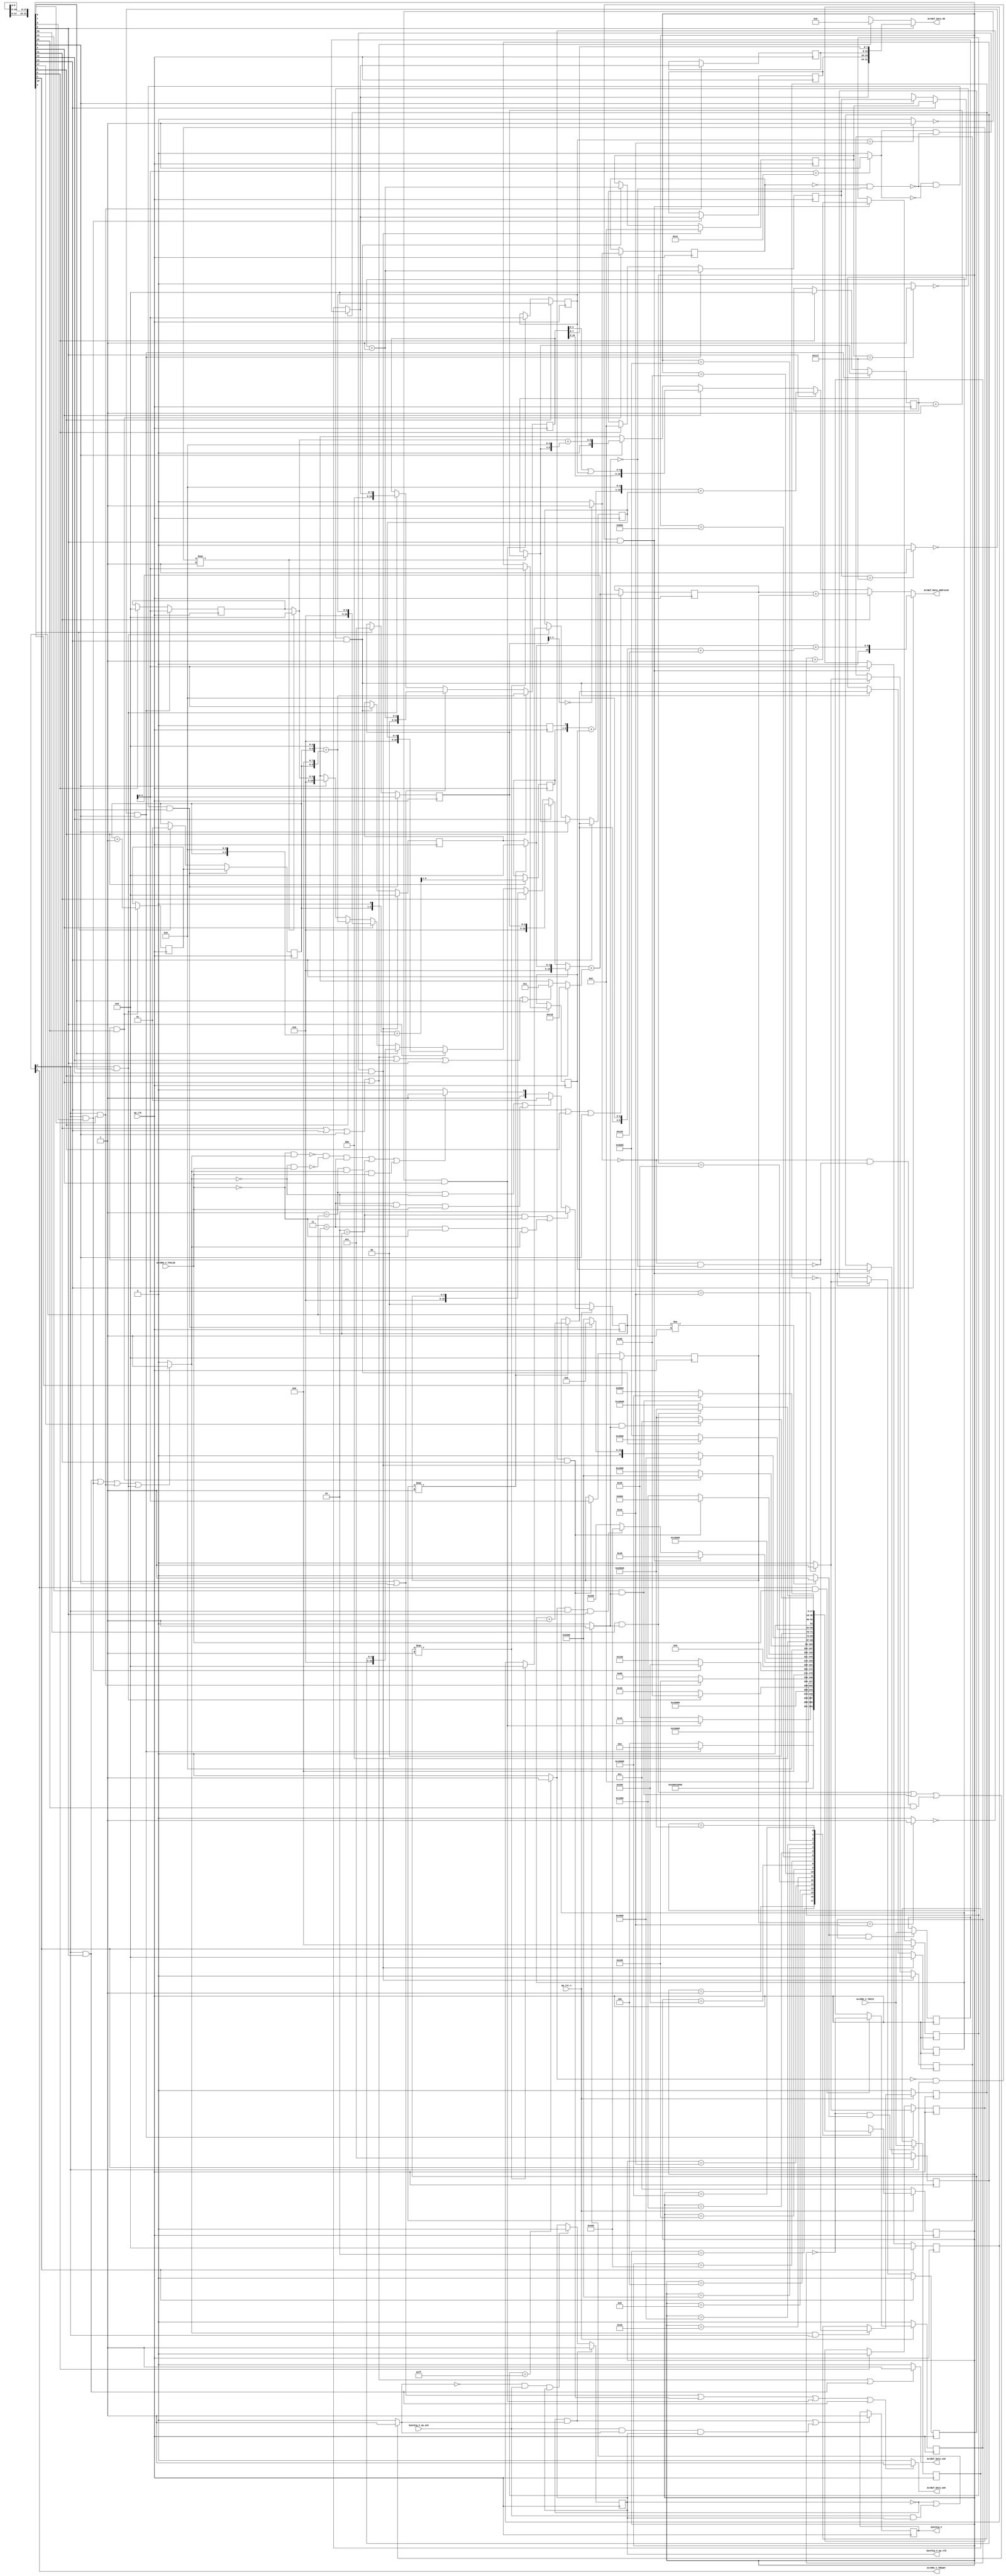
// ==============================================================
// RTL generated by Vivado(TM) HLS - High-Level Synthesis from C, C++ and SystemC
// Version: 2018.3
// Copyright (C) 1986-2018 Xilinx, Inc. All Rights Reserved.
// 
// ===========================================================

`timescale 1 ns / 1 ps 

(* CORE_GENERATION_INFO="Layer5_WriteAct,hls_ip_2018_3,{HLS_INPUT_TYPE=cxx,HLS_INPUT_FLOAT=0,HLS_INPUT_FIXED=0,HLS_INPUT_PART=xczu15eg-ffvb1156-2-i,HLS_INPUT_CLOCK=10.000000,HLS_INPUT_ARCH=others,HLS_SYN_CLOCK=3.400000,HLS_SYN_LAT=17588,HLS_SYN_TPT=none,HLS_SYN_MEM=0,HLS_SYN_DSP=0,HLS_SYN_FF=173,HLS_SYN_LUT=806,HLS_VERSION=2018_3}" *)

module Layer5_WriteAct (
        ap_clk,
        ap_rst_n,
        ActDMA_V_TDATA,
        ActDMA_V_TVALID,
        ActDMA_V_TREADY,
        SyncSig_V,
        SyncSig_V_ap_vld,
        SyncSig_V_ap_ack,
        ActBuf_Data_address0,
        ActBuf_Data_ce0,
        ActBuf_Data_we0,
        ActBuf_Data_d0
);

parameter    ap_ST_fsm_state1 = 18'd1;
parameter    ap_ST_fsm_state2 = 18'd2;
parameter    ap_ST_fsm_state3 = 18'd4;
parameter    ap_ST_fsm_state4 = 18'd8;
parameter    ap_ST_fsm_state5 = 18'd16;
parameter    ap_ST_fsm_state6 = 18'd32;
parameter    ap_ST_fsm_state7 = 18'd64;
parameter    ap_ST_fsm_state8 = 18'd128;
parameter    ap_ST_fsm_state9 = 18'd256;
parameter    ap_ST_fsm_state10 = 18'd512;
parameter    ap_ST_fsm_state11 = 18'd1024;
parameter    ap_ST_fsm_state12 = 18'd2048;
parameter    ap_ST_fsm_state13 = 18'd4096;
parameter    ap_ST_fsm_state14 = 18'd8192;
parameter    ap_ST_fsm_state15 = 18'd16384;
parameter    ap_ST_fsm_state16 = 18'd32768;
parameter    ap_ST_fsm_state17 = 18'd65536;
parameter    ap_ST_fsm_state18 = 18'd131072;

input   ap_clk;
input   ap_rst_n;
input  [7:0] ActDMA_V_TDATA;
input   ActDMA_V_TVALID;
output   ActDMA_V_TREADY;
output   SyncSig_V;
output   SyncSig_V_ap_vld;
input   SyncSig_V_ap_ack;
output  [10:0] ActBuf_Data_address0;
output   ActBuf_Data_ce0;
output   ActBuf_Data_we0;
output  [31:0] ActBuf_Data_d0;

reg[10:0] ActBuf_Data_address0;
reg ActBuf_Data_ce0;
reg ActBuf_Data_we0;
reg[31:0] ActBuf_Data_d0;

 reg    ap_rst_n_inv;
reg   [7:0] ActDMA_V_0_data_out;
wire    ActDMA_V_0_vld_in;
wire    ActDMA_V_0_vld_out;
wire    ActDMA_V_0_ack_in;
reg    ActDMA_V_0_ack_out;
reg   [7:0] ActDMA_V_0_payload_A;
reg   [7:0] ActDMA_V_0_payload_B;
reg    ActDMA_V_0_sel_rd;
reg    ActDMA_V_0_sel_wr;
wire    ActDMA_V_0_sel;
wire    ActDMA_V_0_load_A;
wire    ActDMA_V_0_load_B;
reg   [1:0] ActDMA_V_0_state;
wire    ActDMA_V_0_state_cmp_full;
reg    SyncSig_V_1_data_reg;
reg    SyncSig_V_1_vld_reg;
reg    SyncSig_V_1_vld_in;
reg    SyncSig_V_1_ack_in;
wire    SyncSig_V_1_ack_out;
reg    ActDMA_V_TDATA_blk_n;
(* fsm_encoding = "none" *) reg   [17:0] ap_CS_fsm;
wire    ap_CS_fsm_state7;
wire    ap_CS_fsm_state8;
wire    ap_CS_fsm_state9;
wire    ap_CS_fsm_state10;
reg    SyncSig_V_blk_n;
wire    ap_CS_fsm_state13;
wire   [0:0] icmp_fu_673_p2;
wire    ap_CS_fsm_state14;
reg   [0:0] icmp_reg_875;
wire    ap_CS_fsm_state16;
wire    ap_CS_fsm_state17;
wire    ap_CS_fsm_state18;
wire   [10:0] grp_fu_360_p2;
wire    ap_CS_fsm_state5;
reg   [10:0] reg_780;
wire    ap_CS_fsm_state2;
wire    ap_CS_fsm_state4;
wire    ap_CS_fsm_state15;
wire   [0:0] grp_fu_764_p2;
wire   [6:0] tmp_s_fu_457_p2;
reg   [6:0] tmp_s_reg_793;
reg   [10:0] reg_798;
wire   [8:0] grp_fu_752_p2;
wire   [10:0] tmp_4_fu_487_p2;
wire   [4:0] t_V_8_mid2_fu_548_p3;
reg   [4:0] reg_817;
wire   [4:0] t_V_1_fu_374_p3;
wire   [4:0] t_V_13_fu_705_p3;
wire   [4:0] t_V_8_fu_556_p3;
reg   [4:0] t_V_8_reg_823;
reg   [7:0] tmp_29_reg_834;
wire   [7:0] indvar_flatten_next7_fu_608_p2;
wire    ap_CS_fsm_state12;
wire   [1:0] t_V_9_fu_657_p2;
reg   [1:0] t_V_9_reg_870;
reg    ap_block_state13_io;
reg    ap_block_state14_io;
wire   [0:0] exitcond1_fu_685_p2;
reg   [7:0] tmp_30_reg_893;
reg   [0:0] exitcond4_reg_182;
wire    ap_CS_fsm_state1;
wire   [0:0] exitcond_flatten_fu_421_p2;
reg   [4:0] t_V_s_reg_193;
reg   [4:0] t_V_reg_204;
reg   [8:0] indvar_flatten_reg_215;
reg   [4:0] t_V_2_reg_226;
wire    ap_CS_fsm_state3;
reg   [1:0] t_V_4_reg_238;
reg   [4:0] t_V_3_reg_250;
wire   [0:0] exitcond3_fu_427_p2;
reg   [0:0] exitcond8_reg_261;
wire   [0:0] exitcond_flatten8_fu_625_p2;
wire    ap_CS_fsm_state6;
reg   [4:0] t_V_5_reg_272;
reg   [4:0] t_V_7_reg_283;
reg   [7:0] indvar_flatten1_reg_294;
reg   [4:0] t_V_6_reg_305;
wire   [0:0] exitcond5_fu_631_p2;
wire    ap_CS_fsm_state11;
reg   [0:0] exitcond7_reg_316;
wire   [0:0] exitcond_flatten1_fu_758_p2;
reg   [4:0] t_V_11_reg_327;
reg   [4:0] t_V_12_reg_338;
reg   [8:0] indvar_flatten2_reg_349;
wire   [63:0] tmp_6_cast_fu_404_p1;
wire   [63:0] tmp_15_fu_537_p1;
wire   [63:0] tmp_40_cast_fu_593_p1;
wire   [63:0] tmp_41_cast_fu_652_p1;
wire   [63:0] tmp_32_cast_fu_741_p1;
wire   [31:0] tmp_19_fu_598_p5;
reg   [10:0] grp_fu_360_p0;
wire   [4:0] t_V_1_mid2_fu_366_p3;
wire   [4:0] t_V_5_mid2_fu_697_p3;
reg   [10:0] grp_fu_360_p1;
wire   [4:0] c_V_fu_505_p2;
wire   [8:0] tmp_fu_386_p3;
wire   [9:0] tmp_3_cast_fu_382_p1;
wire   [9:0] tmp_4_cast_fu_394_p1;
wire   [9:0] tmp_6_fu_398_p2;
wire   [9:0] tmp_30_cast_fu_725_p1;
wire   [5:0] tmp_7_fu_433_p3;
wire   [2:0] tmp_9_fu_445_p3;
wire   [6:0] p_shl3_cast_fu_453_p1;
wire   [6:0] p_shl2_cast_fu_441_p1;
wire   [9:0] tmp_2_fu_463_p3;
wire   [6:0] tmp_3_fu_475_p3;
wire   [10:0] p_shl1_cast_fu_483_p1;
wire   [10:0] p_shl_cast_fu_471_p1;
wire   [4:0] tmp_11_fu_511_p1;
wire   [5:0] tmp_13_fu_520_p4;
wire   [4:0] tmp_12_fu_514_p2;
wire   [10:0] tmp_14_fu_529_p3;
wire   [4:0] t_V_8_fu_556_p1;
wire   [6:0] tmp_17_fu_613_p2;
wire   [10:0] tmp_23_fu_575_p3;
wire   [11:0] tmp_39_cast_fu_583_p1;
wire   [11:0] tmp_16_cast_fu_564_p1;
wire   [11:0] tmp_18_fu_587_p2;
wire   [7:0] tmp_19_fu_598_p4;
wire   [6:0] tmp_17_cast_fu_567_p1;
wire   [10:0] tmp_11_cast_fu_643_p1;
wire   [10:0] tmp_22_fu_637_p2;
wire   [3:0] tmp_24_fu_663_p4;
wire   [4:0] exitcond1_fu_685_p0;
wire   [4:0] c_V_1_fu_691_p2;
wire   [8:0] tmp_25_fu_717_p3;
wire   [9:0] tmp_cast_fu_713_p1;
wire   [9:0] tmp_26_fu_409_p2;
wire   [9:0] tmp_27_fu_735_p2;
reg   [8:0] grp_fu_752_p0;
wire   [4:0] grp_fu_764_p0;
reg   [17:0] ap_NS_fsm;

// power-on initialization
initial begin
#0 ActDMA_V_0_sel_rd = 1'b0;
#0 ActDMA_V_0_sel_wr = 1'b0;
#0 ActDMA_V_0_state = 2'd0;
#0 SyncSig_V_1_data_reg = 1'b0;
#0 SyncSig_V_1_vld_reg = 1'b0;
#0 ap_CS_fsm = 18'd1;
end

always @ (posedge ap_clk) begin
    if (ap_rst_n_inv == 1'b1) begin
        ActDMA_V_0_sel_rd <= 1'b0;
    end else begin
        if (((1'b1 == ActDMA_V_0_ack_out) & (1'b1 == ActDMA_V_0_vld_out))) begin
            ActDMA_V_0_sel_rd <= ~ActDMA_V_0_sel_rd;
        end
    end
end

always @ (posedge ap_clk) begin
    if (ap_rst_n_inv == 1'b1) begin
        ActDMA_V_0_sel_wr <= 1'b0;
    end else begin
        if (((1'b1 == ActDMA_V_0_ack_in) & (1'b1 == ActDMA_V_0_vld_in))) begin
            ActDMA_V_0_sel_wr <= ~ActDMA_V_0_sel_wr;
        end
    end
end

always @ (posedge ap_clk) begin
    if (ap_rst_n_inv == 1'b1) begin
        ActDMA_V_0_state <= 2'd0;
    end else begin
        if ((((2'd2 == ActDMA_V_0_state) & (1'b0 == ActDMA_V_0_vld_in)) | ((2'd3 == ActDMA_V_0_state) & (1'b0 == ActDMA_V_0_vld_in) & (1'b1 == ActDMA_V_0_ack_out)))) begin
            ActDMA_V_0_state <= 2'd2;
        end else if ((((2'd1 == ActDMA_V_0_state) & (1'b0 == ActDMA_V_0_ack_out)) | ((2'd3 == ActDMA_V_0_state) & (1'b0 == ActDMA_V_0_ack_out) & (1'b1 == ActDMA_V_0_vld_in)))) begin
            ActDMA_V_0_state <= 2'd1;
        end else if (((~((1'b0 == ActDMA_V_0_vld_in) & (1'b1 == ActDMA_V_0_ack_out)) & ~((1'b0 == ActDMA_V_0_ack_out) & (1'b1 == ActDMA_V_0_vld_in)) & (2'd3 == ActDMA_V_0_state)) | ((2'd1 == ActDMA_V_0_state) & (1'b1 == ActDMA_V_0_ack_out)) | ((2'd2 == ActDMA_V_0_state) & (1'b1 == ActDMA_V_0_vld_in)))) begin
            ActDMA_V_0_state <= 2'd3;
        end else begin
            ActDMA_V_0_state <= 2'd2;
        end
    end
end

always @ (posedge ap_clk) begin
    if (ap_rst_n_inv == 1'b1) begin
        ap_CS_fsm <= ap_ST_fsm_state1;
    end else begin
        ap_CS_fsm <= ap_NS_fsm;
    end
end

always @ (posedge ap_clk) begin
    if (((1'b0 == SyncSig_V_1_vld_reg) & (1'b1 == SyncSig_V_1_vld_in))) begin
        SyncSig_V_1_vld_reg <= 1'b1;
    end else if (((1'b0 == SyncSig_V_1_vld_in) & (1'b1 == SyncSig_V_1_ack_out) & (1'b1 == SyncSig_V_1_vld_reg))) begin
        SyncSig_V_1_vld_reg <= 1'b0;
    end
end

always @ (posedge ap_clk) begin
    if (((exitcond_flatten_fu_421_p2 == 1'd0) & (1'b1 == ap_CS_fsm_state2))) begin
        exitcond4_reg_182 <= grp_fu_764_p2;
    end else if ((1'b1 == ap_CS_fsm_state1)) begin
        exitcond4_reg_182 <= 1'd0;
    end
end

always @ (posedge ap_clk) begin
    if (((exitcond1_fu_685_p2 == 1'd1) & (1'b0 == ap_block_state14_io) & (1'b1 == ap_CS_fsm_state14))) begin
        exitcond7_reg_316 <= 1'd0;
    end else if (((exitcond_flatten1_fu_758_p2 == 1'd0) & (1'b1 == ap_CS_fsm_state15))) begin
        exitcond7_reg_316 <= grp_fu_764_p2;
    end
end

always @ (posedge ap_clk) begin
    if ((1'b1 == ap_CS_fsm_state6)) begin
        exitcond8_reg_261 <= 1'd0;
    end else if (((exitcond_flatten8_fu_625_p2 == 1'd0) & (1'b1 == ActDMA_V_0_vld_out) & (1'b1 == ap_CS_fsm_state10))) begin
        exitcond8_reg_261 <= grp_fu_764_p2;
    end
end

always @ (posedge ap_clk) begin
    if ((1'b1 == ap_CS_fsm_state6)) begin
        indvar_flatten1_reg_294 <= 8'd0;
    end else if (((exitcond_flatten8_fu_625_p2 == 1'd0) & (1'b1 == ActDMA_V_0_vld_out) & (1'b1 == ap_CS_fsm_state10))) begin
        indvar_flatten1_reg_294 <= indvar_flatten_next7_fu_608_p2;
    end
end

always @ (posedge ap_clk) begin
    if (((exitcond1_fu_685_p2 == 1'd1) & (1'b0 == ap_block_state14_io) & (1'b1 == ap_CS_fsm_state14))) begin
        indvar_flatten2_reg_349 <= 9'd0;
    end else if (((exitcond_flatten1_fu_758_p2 == 1'd0) & (1'b1 == ap_CS_fsm_state15))) begin
        indvar_flatten2_reg_349 <= grp_fu_752_p2;
    end
end

always @ (posedge ap_clk) begin
    if (((exitcond_flatten_fu_421_p2 == 1'd0) & (1'b1 == ap_CS_fsm_state2))) begin
        indvar_flatten_reg_215 <= grp_fu_752_p2;
    end else if ((1'b1 == ap_CS_fsm_state1)) begin
        indvar_flatten_reg_215 <= 9'd0;
    end
end

always @ (posedge ap_clk) begin
    if ((1'b1 == ap_CS_fsm_state4)) begin
        reg_798 <= tmp_4_fu_487_p2;
    end else if (((1'b1 == ap_CS_fsm_state15) | (1'b1 == ap_CS_fsm_state2))) begin
        reg_798 <= grp_fu_752_p2;
    end else if (((1'b1 == ActDMA_V_0_vld_out) & (1'b1 == ap_CS_fsm_state7))) begin
        reg_798 <= ActDMA_V_0_data_out;
    end
end

always @ (posedge ap_clk) begin
    if ((1'b1 == ap_CS_fsm_state15)) begin
        reg_817 <= t_V_13_fu_705_p3;
    end else if ((1'b1 == ap_CS_fsm_state2)) begin
        reg_817 <= t_V_1_fu_374_p3;
    end else if (((1'b1 == ActDMA_V_0_vld_out) & (1'b1 == ap_CS_fsm_state7))) begin
        reg_817 <= t_V_8_mid2_fu_548_p3;
    end
end

always @ (posedge ap_clk) begin
    if (((exitcond1_fu_685_p2 == 1'd1) & (1'b0 == ap_block_state14_io) & (1'b1 == ap_CS_fsm_state14))) begin
        t_V_11_reg_327 <= 5'd0;
    end else if (((exitcond_flatten1_fu_758_p2 == 1'd0) & (1'b1 == ap_CS_fsm_state15))) begin
        t_V_11_reg_327 <= grp_fu_360_p2;
    end
end

always @ (posedge ap_clk) begin
    if (((exitcond1_fu_685_p2 == 1'd1) & (1'b0 == ap_block_state14_io) & (1'b1 == ap_CS_fsm_state14))) begin
        t_V_12_reg_338 <= 5'd0;
    end else if (((exitcond_flatten1_fu_758_p2 == 1'd0) & (1'b1 == ap_CS_fsm_state15))) begin
        t_V_12_reg_338 <= t_V_13_fu_705_p3;
    end
end

always @ (posedge ap_clk) begin
    if (((exitcond1_fu_685_p2 == 1'd0) & (1'b0 == ap_block_state14_io) & (1'b1 == ap_CS_fsm_state14))) begin
        t_V_2_reg_226 <= grp_fu_360_p2;
    end else if ((1'b1 == ap_CS_fsm_state3)) begin
        t_V_2_reg_226 <= 5'd1;
    end
end

always @ (posedge ap_clk) begin
    if ((1'b1 == ap_CS_fsm_state4)) begin
        t_V_3_reg_250 <= 5'd0;
    end else if (((exitcond3_fu_427_p2 == 1'd0) & (1'b1 == ap_CS_fsm_state5))) begin
        t_V_3_reg_250 <= grp_fu_360_p2;
    end
end

always @ (posedge ap_clk) begin
    if (((exitcond1_fu_685_p2 == 1'd0) & (1'b0 == ap_block_state14_io) & (1'b1 == ap_CS_fsm_state14))) begin
        t_V_4_reg_238 <= t_V_9_reg_870;
    end else if ((1'b1 == ap_CS_fsm_state3)) begin
        t_V_4_reg_238 <= 2'd1;
    end
end

always @ (posedge ap_clk) begin
    if ((1'b1 == ap_CS_fsm_state6)) begin
        t_V_5_reg_272 <= 5'd0;
    end else if (((exitcond_flatten8_fu_625_p2 == 1'd0) & (1'b1 == ActDMA_V_0_vld_out) & (1'b1 == ap_CS_fsm_state10))) begin
        t_V_5_reg_272 <= grp_fu_360_p2;
    end
end

always @ (posedge ap_clk) begin
    if ((1'b1 == ap_CS_fsm_state11)) begin
        t_V_6_reg_305 <= 5'd0;
    end else if (((exitcond5_fu_631_p2 == 1'd0) & (1'b1 == ap_CS_fsm_state12))) begin
        t_V_6_reg_305 <= grp_fu_360_p2;
    end
end

always @ (posedge ap_clk) begin
    if ((1'b1 == ap_CS_fsm_state6)) begin
        t_V_7_reg_283 <= 5'd1;
    end else if (((exitcond_flatten8_fu_625_p2 == 1'd0) & (1'b1 == ActDMA_V_0_vld_out) & (1'b1 == ap_CS_fsm_state10))) begin
        t_V_7_reg_283 <= t_V_8_reg_823;
    end
end

always @ (posedge ap_clk) begin
    if (((exitcond_flatten_fu_421_p2 == 1'd0) & (1'b1 == ap_CS_fsm_state2))) begin
        t_V_reg_204 <= t_V_1_fu_374_p3;
    end else if ((1'b1 == ap_CS_fsm_state1)) begin
        t_V_reg_204 <= 5'd0;
    end
end

always @ (posedge ap_clk) begin
    if (((exitcond_flatten_fu_421_p2 == 1'd0) & (1'b1 == ap_CS_fsm_state2))) begin
        t_V_s_reg_193 <= grp_fu_360_p2;
    end else if ((1'b1 == ap_CS_fsm_state1)) begin
        t_V_s_reg_193 <= 5'd0;
    end
end

always @ (posedge ap_clk) begin
    if ((1'b1 == ActDMA_V_0_load_A)) begin
        ActDMA_V_0_payload_A <= ActDMA_V_TDATA;
    end
end

always @ (posedge ap_clk) begin
    if ((1'b1 == ActDMA_V_0_load_B)) begin
        ActDMA_V_0_payload_B <= ActDMA_V_TDATA;
    end
end

always @ (posedge ap_clk) begin
    if ((((1'b0 == SyncSig_V_1_vld_reg) & (1'b1 == SyncSig_V_1_vld_in)) | ((1'b1 == SyncSig_V_1_ack_out) & (1'b1 == SyncSig_V_1_vld_in) & (1'b1 == SyncSig_V_1_vld_reg)))) begin
        SyncSig_V_1_data_reg <= 1'd1;
    end
end

always @ (posedge ap_clk) begin
    if (((1'b0 == ap_block_state13_io) & (1'b1 == ap_CS_fsm_state13))) begin
        icmp_reg_875 <= icmp_fu_673_p2;
        t_V_9_reg_870 <= t_V_9_fu_657_p2;
    end
end

always @ (posedge ap_clk) begin
    if (((1'b1 == ap_CS_fsm_state15) | (1'b1 == ap_CS_fsm_state4) | (1'b1 == ap_CS_fsm_state2))) begin
        reg_780 <= grp_fu_360_p2;
    end
end

always @ (posedge ap_clk) begin
    if (((1'b1 == ActDMA_V_0_vld_out) & (1'b1 == ap_CS_fsm_state7))) begin
        t_V_8_reg_823 <= t_V_8_fu_556_p3;
    end
end

always @ (posedge ap_clk) begin
    if (((1'b1 == ActDMA_V_0_vld_out) & (1'b1 == ap_CS_fsm_state8))) begin
        tmp_29_reg_834 <= ActDMA_V_0_data_out;
    end
end

always @ (posedge ap_clk) begin
    if (((1'b1 == ActDMA_V_0_vld_out) & (1'b1 == ap_CS_fsm_state9))) begin
        tmp_30_reg_893 <= ActDMA_V_0_data_out;
    end
end

always @ (posedge ap_clk) begin
    if ((1'b1 == ap_CS_fsm_state4)) begin
        tmp_s_reg_793[6 : 1] <= tmp_s_fu_457_p2[6 : 1];
    end
end

always @ (*) begin
    if ((1'b1 == ap_CS_fsm_state15)) begin
        ActBuf_Data_address0 = tmp_32_cast_fu_741_p1;
    end else if ((1'b1 == ap_CS_fsm_state12)) begin
        ActBuf_Data_address0 = tmp_41_cast_fu_652_p1;
    end else if ((1'b1 == ap_CS_fsm_state10)) begin
        ActBuf_Data_address0 = tmp_40_cast_fu_593_p1;
    end else if ((1'b1 == ap_CS_fsm_state5)) begin
        ActBuf_Data_address0 = tmp_15_fu_537_p1;
    end else if ((1'b1 == ap_CS_fsm_state2)) begin
        ActBuf_Data_address0 = tmp_6_cast_fu_404_p1;
    end else begin
        ActBuf_Data_address0 = 'bx;
    end
end

always @ (*) begin
    if (((1'b1 == ap_CS_fsm_state12) | (1'b1 == ap_CS_fsm_state15) | (1'b1 == ap_CS_fsm_state2) | (1'b1 == ap_CS_fsm_state5) | ((1'b1 == ActDMA_V_0_vld_out) & (1'b1 == ap_CS_fsm_state10)))) begin
        ActBuf_Data_ce0 = 1'b1;
    end else begin
        ActBuf_Data_ce0 = 1'b0;
    end
end

always @ (*) begin
    if ((1'b1 == ap_CS_fsm_state10)) begin
        ActBuf_Data_d0 = tmp_19_fu_598_p5;
    end else if (((1'b1 == ap_CS_fsm_state12) | (1'b1 == ap_CS_fsm_state15) | (1'b1 == ap_CS_fsm_state2) | (1'b1 == ap_CS_fsm_state5))) begin
        ActBuf_Data_d0 = 32'd0;
    end else begin
        ActBuf_Data_d0 = 'bx;
    end
end

always @ (*) begin
    if (((1'b1 == ap_CS_fsm_state15) | (1'b1 == ap_CS_fsm_state2) | ((exitcond5_fu_631_p2 == 1'd0) & (1'b1 == ap_CS_fsm_state12)) | ((exitcond3_fu_427_p2 == 1'd0) & (1'b1 == ap_CS_fsm_state5)) | ((1'b1 == ActDMA_V_0_vld_out) & (1'b1 == ap_CS_fsm_state10)))) begin
        ActBuf_Data_we0 = 1'b1;
    end else begin
        ActBuf_Data_we0 = 1'b0;
    end
end

always @ (*) begin
    if ((((1'b1 == ActDMA_V_0_vld_out) & (1'b1 == ap_CS_fsm_state10)) | ((1'b1 == ActDMA_V_0_vld_out) & (1'b1 == ap_CS_fsm_state9)) | ((1'b1 == ActDMA_V_0_vld_out) & (1'b1 == ap_CS_fsm_state8)) | ((1'b1 == ActDMA_V_0_vld_out) & (1'b1 == ap_CS_fsm_state7)))) begin
        ActDMA_V_0_ack_out = 1'b1;
    end else begin
        ActDMA_V_0_ack_out = 1'b0;
    end
end

always @ (*) begin
    if ((1'b1 == ActDMA_V_0_sel)) begin
        ActDMA_V_0_data_out = ActDMA_V_0_payload_B;
    end else begin
        ActDMA_V_0_data_out = ActDMA_V_0_payload_A;
    end
end

always @ (*) begin
    if (((1'b1 == ap_CS_fsm_state10) | (1'b1 == ap_CS_fsm_state9) | (1'b1 == ap_CS_fsm_state8) | (1'b1 == ap_CS_fsm_state7))) begin
        ActDMA_V_TDATA_blk_n = ActDMA_V_0_state[1'd0];
    end else begin
        ActDMA_V_TDATA_blk_n = 1'b1;
    end
end

always @ (*) begin
    if (((1'b0 == SyncSig_V_1_vld_reg) | ((1'b1 == SyncSig_V_1_ack_out) & (1'b1 == SyncSig_V_1_vld_reg)))) begin
        SyncSig_V_1_ack_in = 1'b1;
    end else begin
        SyncSig_V_1_ack_in = 1'b0;
    end
end

always @ (*) begin
    if ((((1'b1 == ap_CS_fsm_state17) & (1'b1 == SyncSig_V_1_ack_in)) | ((1'b1 == ap_CS_fsm_state16) & (1'b1 == SyncSig_V_1_ack_in)) | ((icmp_fu_673_p2 == 1'd0) & (1'b0 == ap_block_state13_io) & (1'b1 == ap_CS_fsm_state13)))) begin
        SyncSig_V_1_vld_in = 1'b1;
    end else begin
        SyncSig_V_1_vld_in = 1'b0;
    end
end

always @ (*) begin
    if (((1'b1 == ap_CS_fsm_state18) | (1'b1 == ap_CS_fsm_state17) | (1'b1 == ap_CS_fsm_state16) | ((icmp_reg_875 == 1'd0) & (1'b1 == ap_CS_fsm_state14)) | ((icmp_fu_673_p2 == 1'd0) & (1'b1 == ap_CS_fsm_state13)))) begin
        SyncSig_V_blk_n = SyncSig_V_1_ack_in;
    end else begin
        SyncSig_V_blk_n = 1'b1;
    end
end

always @ (*) begin
    if ((1'b1 == ap_CS_fsm_state15)) begin
        grp_fu_360_p0 = t_V_5_mid2_fu_697_p3;
    end else if ((1'b1 == ap_CS_fsm_state14)) begin
        grp_fu_360_p0 = t_V_2_reg_226;
    end else if ((1'b1 == ap_CS_fsm_state12)) begin
        grp_fu_360_p0 = t_V_6_reg_305;
    end else if ((1'b1 == ap_CS_fsm_state10)) begin
        grp_fu_360_p0 = reg_817;
    end else if ((1'b1 == ap_CS_fsm_state7)) begin
        grp_fu_360_p0 = t_V_7_reg_283;
    end else if ((1'b1 == ap_CS_fsm_state5)) begin
        grp_fu_360_p0 = t_V_3_reg_250;
    end else if ((1'b1 == ap_CS_fsm_state4)) begin
        grp_fu_360_p0 = tmp_4_fu_487_p2;
    end else if ((1'b1 == ap_CS_fsm_state2)) begin
        grp_fu_360_p0 = t_V_1_mid2_fu_366_p3;
    end else begin
        grp_fu_360_p0 = 'bx;
    end
end

always @ (*) begin
    if ((1'b1 == ap_CS_fsm_state4)) begin
        grp_fu_360_p1 = 11'd272;
    end else if (((1'b1 == ap_CS_fsm_state12) | (1'b1 == ap_CS_fsm_state15) | (1'b1 == ap_CS_fsm_state2) | (1'b1 == ap_CS_fsm_state5) | (1'b1 == ap_CS_fsm_state14) | (1'b1 == ap_CS_fsm_state10) | (1'b1 == ap_CS_fsm_state7))) begin
        grp_fu_360_p1 = 5'd1;
    end else begin
        grp_fu_360_p1 = 'bx;
    end
end

always @ (*) begin
    if ((1'b1 == ap_CS_fsm_state15)) begin
        grp_fu_752_p0 = indvar_flatten2_reg_349;
    end else if ((1'b1 == ap_CS_fsm_state2)) begin
        grp_fu_752_p0 = indvar_flatten_reg_215;
    end else begin
        grp_fu_752_p0 = 'bx;
    end
end

always @ (*) begin
    case (ap_CS_fsm)
        ap_ST_fsm_state1 : begin
            ap_NS_fsm = ap_ST_fsm_state2;
        end
        ap_ST_fsm_state2 : begin
            if (((exitcond_flatten_fu_421_p2 == 1'd0) & (1'b1 == ap_CS_fsm_state2))) begin
                ap_NS_fsm = ap_ST_fsm_state2;
            end else begin
                ap_NS_fsm = ap_ST_fsm_state3;
            end
        end
        ap_ST_fsm_state3 : begin
            ap_NS_fsm = ap_ST_fsm_state4;
        end
        ap_ST_fsm_state4 : begin
            ap_NS_fsm = ap_ST_fsm_state5;
        end
        ap_ST_fsm_state5 : begin
            if (((exitcond3_fu_427_p2 == 1'd0) & (1'b1 == ap_CS_fsm_state5))) begin
                ap_NS_fsm = ap_ST_fsm_state5;
            end else begin
                ap_NS_fsm = ap_ST_fsm_state6;
            end
        end
        ap_ST_fsm_state6 : begin
            ap_NS_fsm = ap_ST_fsm_state7;
        end
        ap_ST_fsm_state7 : begin
            if (((1'b1 == ActDMA_V_0_vld_out) & (1'b1 == ap_CS_fsm_state7))) begin
                ap_NS_fsm = ap_ST_fsm_state8;
            end else begin
                ap_NS_fsm = ap_ST_fsm_state7;
            end
        end
        ap_ST_fsm_state8 : begin
            if (((1'b1 == ActDMA_V_0_vld_out) & (1'b1 == ap_CS_fsm_state8))) begin
                ap_NS_fsm = ap_ST_fsm_state9;
            end else begin
                ap_NS_fsm = ap_ST_fsm_state8;
            end
        end
        ap_ST_fsm_state9 : begin
            if (((1'b1 == ActDMA_V_0_vld_out) & (1'b1 == ap_CS_fsm_state9))) begin
                ap_NS_fsm = ap_ST_fsm_state10;
            end else begin
                ap_NS_fsm = ap_ST_fsm_state9;
            end
        end
        ap_ST_fsm_state10 : begin
            if (((exitcond_flatten8_fu_625_p2 == 1'd0) & (1'b1 == ActDMA_V_0_vld_out) & (1'b1 == ap_CS_fsm_state10))) begin
                ap_NS_fsm = ap_ST_fsm_state7;
            end else if (((exitcond_flatten8_fu_625_p2 == 1'd1) & (1'b1 == ActDMA_V_0_vld_out) & (1'b1 == ap_CS_fsm_state10))) begin
                ap_NS_fsm = ap_ST_fsm_state11;
            end else begin
                ap_NS_fsm = ap_ST_fsm_state10;
            end
        end
        ap_ST_fsm_state11 : begin
            ap_NS_fsm = ap_ST_fsm_state12;
        end
        ap_ST_fsm_state12 : begin
            if (((exitcond5_fu_631_p2 == 1'd0) & (1'b1 == ap_CS_fsm_state12))) begin
                ap_NS_fsm = ap_ST_fsm_state12;
            end else begin
                ap_NS_fsm = ap_ST_fsm_state13;
            end
        end
        ap_ST_fsm_state13 : begin
            if (((1'b0 == ap_block_state13_io) & (1'b1 == ap_CS_fsm_state13))) begin
                ap_NS_fsm = ap_ST_fsm_state14;
            end else begin
                ap_NS_fsm = ap_ST_fsm_state13;
            end
        end
        ap_ST_fsm_state14 : begin
            if (((exitcond1_fu_685_p2 == 1'd1) & (1'b0 == ap_block_state14_io) & (1'b1 == ap_CS_fsm_state14))) begin
                ap_NS_fsm = ap_ST_fsm_state15;
            end else if (((exitcond1_fu_685_p2 == 1'd0) & (1'b0 == ap_block_state14_io) & (1'b1 == ap_CS_fsm_state14))) begin
                ap_NS_fsm = ap_ST_fsm_state4;
            end else begin
                ap_NS_fsm = ap_ST_fsm_state14;
            end
        end
        ap_ST_fsm_state15 : begin
            if (((exitcond_flatten1_fu_758_p2 == 1'd0) & (1'b1 == ap_CS_fsm_state15))) begin
                ap_NS_fsm = ap_ST_fsm_state15;
            end else begin
                ap_NS_fsm = ap_ST_fsm_state16;
            end
        end
        ap_ST_fsm_state16 : begin
            if (((1'b1 == ap_CS_fsm_state16) & (1'b1 == SyncSig_V_1_ack_in))) begin
                ap_NS_fsm = ap_ST_fsm_state17;
            end else begin
                ap_NS_fsm = ap_ST_fsm_state16;
            end
        end
        ap_ST_fsm_state17 : begin
            if (((1'b1 == ap_CS_fsm_state17) & (1'b1 == SyncSig_V_1_ack_in))) begin
                ap_NS_fsm = ap_ST_fsm_state18;
            end else begin
                ap_NS_fsm = ap_ST_fsm_state17;
            end
        end
        ap_ST_fsm_state18 : begin
            if (((1'b1 == ap_CS_fsm_state18) & (1'b1 == SyncSig_V_1_ack_in))) begin
                ap_NS_fsm = ap_ST_fsm_state1;
            end else begin
                ap_NS_fsm = ap_ST_fsm_state18;
            end
        end
        default : begin
            ap_NS_fsm = 'bx;
        end
    endcase
end

assign ActDMA_V_0_ack_in = ActDMA_V_0_state[1'd1];

assign ActDMA_V_0_load_A = (~ActDMA_V_0_sel_wr & ActDMA_V_0_state_cmp_full);

assign ActDMA_V_0_load_B = (ActDMA_V_0_state_cmp_full & ActDMA_V_0_sel_wr);

assign ActDMA_V_0_sel = ActDMA_V_0_sel_rd;

assign ActDMA_V_0_state_cmp_full = ((ActDMA_V_0_state != 2'd1) ? 1'b1 : 1'b0);

assign ActDMA_V_0_vld_in = ActDMA_V_TVALID;

assign ActDMA_V_0_vld_out = ActDMA_V_0_state[1'd0];

assign ActDMA_V_TREADY = ActDMA_V_0_state[1'd1];

assign SyncSig_V = SyncSig_V_1_data_reg;

assign SyncSig_V_1_ack_out = SyncSig_V_ap_ack;

assign SyncSig_V_ap_vld = SyncSig_V_1_vld_reg;

assign ap_CS_fsm_state1 = ap_CS_fsm[32'd0];

assign ap_CS_fsm_state10 = ap_CS_fsm[32'd9];

assign ap_CS_fsm_state11 = ap_CS_fsm[32'd10];

assign ap_CS_fsm_state12 = ap_CS_fsm[32'd11];

assign ap_CS_fsm_state13 = ap_CS_fsm[32'd12];

assign ap_CS_fsm_state14 = ap_CS_fsm[32'd13];

assign ap_CS_fsm_state15 = ap_CS_fsm[32'd14];

assign ap_CS_fsm_state16 = ap_CS_fsm[32'd15];

assign ap_CS_fsm_state17 = ap_CS_fsm[32'd16];

assign ap_CS_fsm_state18 = ap_CS_fsm[32'd17];

assign ap_CS_fsm_state2 = ap_CS_fsm[32'd1];

assign ap_CS_fsm_state3 = ap_CS_fsm[32'd2];

assign ap_CS_fsm_state4 = ap_CS_fsm[32'd3];

assign ap_CS_fsm_state5 = ap_CS_fsm[32'd4];

assign ap_CS_fsm_state6 = ap_CS_fsm[32'd5];

assign ap_CS_fsm_state7 = ap_CS_fsm[32'd6];

assign ap_CS_fsm_state8 = ap_CS_fsm[32'd7];

assign ap_CS_fsm_state9 = ap_CS_fsm[32'd8];

always @ (*) begin
    ap_block_state13_io = ((icmp_fu_673_p2 == 1'd0) & (1'b0 == SyncSig_V_1_ack_in));
end

always @ (*) begin
    ap_block_state14_io = ((icmp_reg_875 == 1'd0) & (1'b0 == SyncSig_V_1_ack_in));
end

always @ (*) begin
    ap_rst_n_inv = ~ap_rst_n;
end

assign c_V_1_fu_691_p2 = (t_V_12_reg_338 + 5'd1);

assign c_V_fu_505_p2 = (t_V_reg_204 + 5'd1);

assign exitcond1_fu_685_p0 = grp_fu_360_p2;

assign exitcond1_fu_685_p2 = ((exitcond1_fu_685_p0 == 5'd17) ? 1'b1 : 1'b0);

assign exitcond3_fu_427_p2 = ((t_V_3_reg_250 == 5'd16) ? 1'b1 : 1'b0);

assign exitcond5_fu_631_p2 = ((t_V_6_reg_305 == 5'd16) ? 1'b1 : 1'b0);

assign exitcond_flatten1_fu_758_p2 = ((indvar_flatten2_reg_349 == 9'd287) ? 1'b1 : 1'b0);

assign exitcond_flatten8_fu_625_p2 = ((indvar_flatten1_reg_294 == 8'd255) ? 1'b1 : 1'b0);

assign exitcond_flatten_fu_421_p2 = ((indvar_flatten_reg_215 == 9'd287) ? 1'b1 : 1'b0);

assign grp_fu_360_p2 = (grp_fu_360_p0 + grp_fu_360_p1);

assign grp_fu_752_p2 = (grp_fu_752_p0 + 9'd1);

assign grp_fu_764_p0 = grp_fu_360_p2;

assign grp_fu_764_p2 = ((grp_fu_764_p0 == 5'd16) ? 1'b1 : 1'b0);

assign icmp_fu_673_p2 = ((tmp_24_fu_663_p4 == 4'd0) ? 1'b1 : 1'b0);

assign indvar_flatten_next7_fu_608_p2 = (indvar_flatten1_reg_294 + 8'd1);

assign p_shl1_cast_fu_483_p1 = tmp_3_fu_475_p3;

assign p_shl2_cast_fu_441_p1 = tmp_7_fu_433_p3;

assign p_shl3_cast_fu_453_p1 = tmp_9_fu_445_p3;

assign p_shl_cast_fu_471_p1 = tmp_2_fu_463_p3;

assign t_V_13_fu_705_p3 = ((exitcond7_reg_316[0:0] === 1'b1) ? c_V_1_fu_691_p2 : t_V_12_reg_338);

assign t_V_1_fu_374_p3 = ((exitcond4_reg_182[0:0] === 1'b1) ? c_V_fu_505_p2 : t_V_reg_204);

assign t_V_1_mid2_fu_366_p3 = ((exitcond4_reg_182[0:0] === 1'b1) ? 5'd0 : t_V_s_reg_193);

assign t_V_5_mid2_fu_697_p3 = ((exitcond7_reg_316[0:0] === 1'b1) ? 5'd0 : t_V_11_reg_327);

assign t_V_8_fu_556_p1 = grp_fu_360_p2;

assign t_V_8_fu_556_p3 = ((exitcond8_reg_261[0:0] === 1'b1) ? t_V_8_fu_556_p1 : t_V_7_reg_283);

assign t_V_8_mid2_fu_548_p3 = ((exitcond8_reg_261[0:0] === 1'b1) ? 5'd0 : t_V_5_reg_272);

assign t_V_9_fu_657_p2 = (t_V_4_reg_238 + 2'd1);

assign tmp_11_cast_fu_643_p1 = t_V_6_reg_305;

assign tmp_11_fu_511_p1 = reg_798[4:0];

assign tmp_12_fu_514_p2 = (tmp_11_fu_511_p1 | t_V_3_reg_250);

assign tmp_13_fu_520_p4 = {{reg_798[10:5]}};

assign tmp_14_fu_529_p3 = {{tmp_13_fu_520_p4}, {tmp_12_fu_514_p2}};

assign tmp_15_fu_537_p1 = tmp_14_fu_529_p3;

assign tmp_16_cast_fu_564_p1 = reg_817;

assign tmp_17_cast_fu_567_p1 = t_V_8_reg_823;

assign tmp_17_fu_613_p2 = (tmp_s_reg_793 + tmp_17_cast_fu_567_p1);

assign tmp_18_fu_587_p2 = (tmp_39_cast_fu_583_p1 + tmp_16_cast_fu_564_p1);

assign tmp_19_fu_598_p4 = reg_798;

assign tmp_19_fu_598_p5 = {{{{ActDMA_V_0_data_out}, {tmp_30_reg_893}}, {tmp_29_reg_834}}, {tmp_19_fu_598_p4}};

assign tmp_22_fu_637_p2 = (reg_780 + tmp_11_cast_fu_643_p1);

assign tmp_23_fu_575_p3 = {{tmp_17_fu_613_p2}, {4'd0}};

assign tmp_24_fu_663_p4 = {{t_V_2_reg_226[4:1]}};

assign tmp_25_fu_717_p3 = {{t_V_13_fu_705_p3}, {4'd0}};

assign tmp_26_fu_409_p2 = (tmp_30_cast_fu_725_p1 + 10'd288);

assign tmp_27_fu_735_p2 = (tmp_cast_fu_713_p1 + tmp_26_fu_409_p2);

assign tmp_2_fu_463_p3 = {{t_V_4_reg_238}, {8'd0}};

assign tmp_30_cast_fu_725_p1 = tmp_25_fu_717_p3;

assign tmp_32_cast_fu_741_p1 = tmp_27_fu_735_p2;

assign tmp_39_cast_fu_583_p1 = tmp_23_fu_575_p3;

assign tmp_3_cast_fu_382_p1 = t_V_1_mid2_fu_366_p3;

assign tmp_3_fu_475_p3 = {{t_V_4_reg_238}, {5'd0}};

assign tmp_40_cast_fu_593_p1 = tmp_18_fu_587_p2;

assign tmp_41_cast_fu_652_p1 = tmp_22_fu_637_p2;

assign tmp_4_cast_fu_394_p1 = tmp_fu_386_p3;

assign tmp_4_fu_487_p2 = (p_shl1_cast_fu_483_p1 + p_shl_cast_fu_471_p1);

assign tmp_6_cast_fu_404_p1 = tmp_6_fu_398_p2;

assign tmp_6_fu_398_p2 = (tmp_3_cast_fu_382_p1 + tmp_4_cast_fu_394_p1);

assign tmp_7_fu_433_p3 = {{t_V_4_reg_238}, {4'd0}};

assign tmp_9_fu_445_p3 = {{t_V_4_reg_238}, {1'd0}};

assign tmp_cast_fu_713_p1 = t_V_5_mid2_fu_697_p3;

assign tmp_fu_386_p3 = {{t_V_1_fu_374_p3}, {4'd0}};

assign tmp_s_fu_457_p2 = (p_shl3_cast_fu_453_p1 + p_shl2_cast_fu_441_p1);

always @ (posedge ap_clk) begin
    tmp_s_reg_793[0] <= 1'b0;
end

endmodule //Layer5_WriteAct